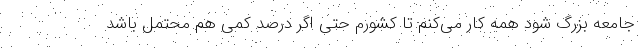
جامعه بزرگ شود همه کار می‌کنم تا کشورم حتی اگر درصد کمی هم محتمل باشد